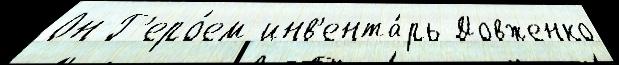
Он Г'еро́ем инв'ента́рь Довженко